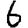
Digit: 6